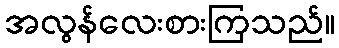
အလွန်လေးစားကြသည်။